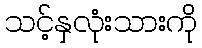
သင့်နှလုံးသားကို